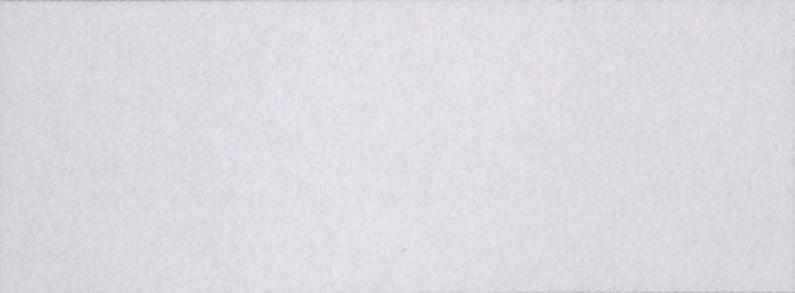
गुज़रता